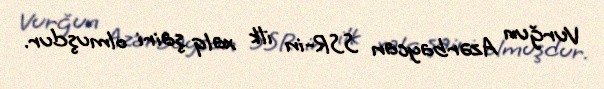
Vurğun Azərbaycan SSR-in ilk xalq şairi olmuşdur.